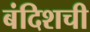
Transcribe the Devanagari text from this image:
बंदिशची